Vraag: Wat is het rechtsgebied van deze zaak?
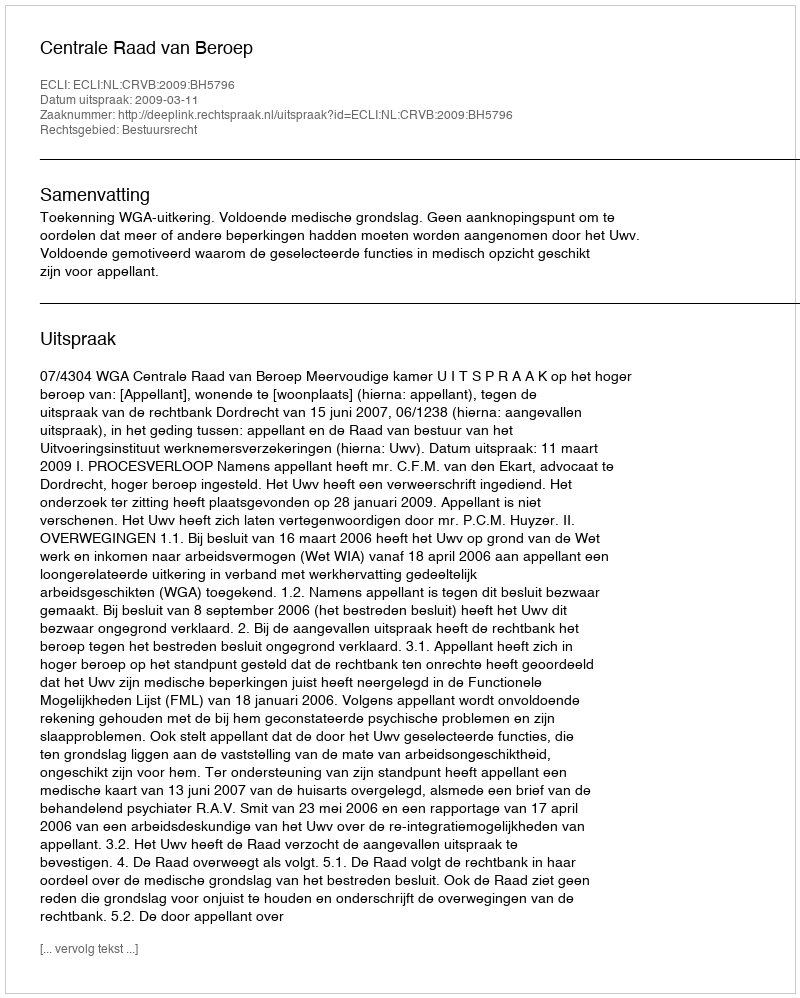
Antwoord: Bestuursrecht